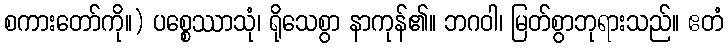
စကားတော်ကို။) ပစ္စေဿာသုံ၊ ရိုသေစွာ နာကုန်၏။ ဘဂဝါ၊ မြတ်စွာဘုရားသည်။ ဧတံ